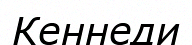
Кеннеди